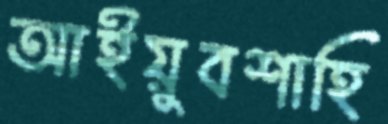
আইয়ুবশাহি